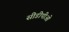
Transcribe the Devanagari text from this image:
सीडीपीओ